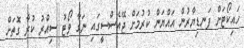
ހައިކޯޓަށް ފަނޑިޔާރުން އައްޔަން ކުރުމަށް ޖޭއެސްސީގައި ނަގާ ވޯޓު ސިއްރު ކުރާ ގޮތަށް